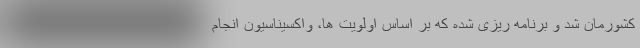
کشورمان شد و برنامه ریزی شده که بر اساس اولویت ها، واکسیناسیون انجام